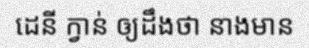
ដេនី ក្វាន់ ឲ្យដឹងថា នាងមាន